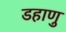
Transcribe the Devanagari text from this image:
डहाणु